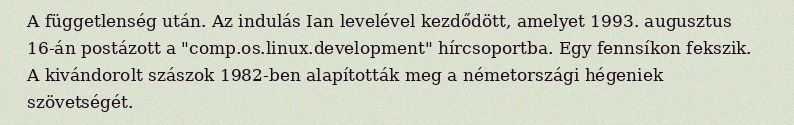
A függetlenség után. Az indulás Ian levelével kezdődött, amelyet 1993. augusztus 16-án postázott a "comp.os.linux.development" hírcsoportba. Egy fennsíkon fekszik. A kivándorolt szászok 1982-ben alapították meg a németországi hégeniek szövetségét.